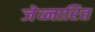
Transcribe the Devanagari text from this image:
जेव्नारित